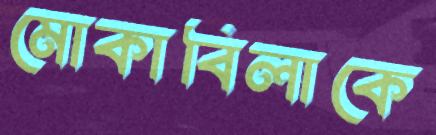
মোকাবিলাকে